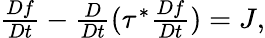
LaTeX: \begin{array}{r}{\frac{Df}{Dt}-\frac{D}{Dt}(\tau^{*}\frac{Df}{Dt})=J,}\end{array}